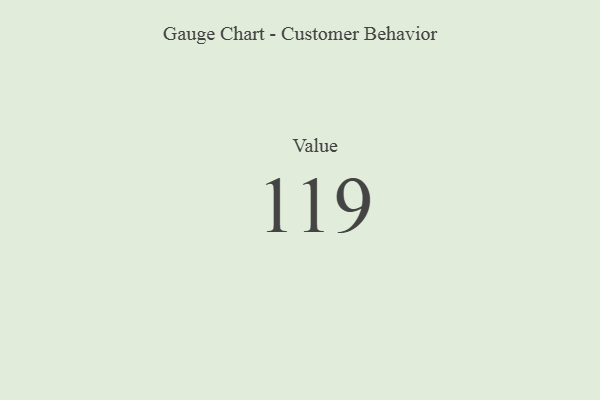
{"axis": {"x": "Metric", "y": "Value"}, "legend": [""], "data": [{"x": "Value", "y": 119, "type": ""}]}